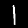
Digit: 1